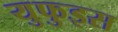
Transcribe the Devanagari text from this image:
युफुइस